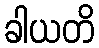
ခါယတိ